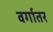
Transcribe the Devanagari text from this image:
वर्गातर